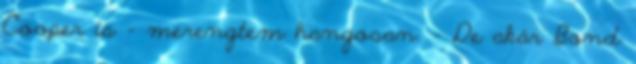
Cooper is – merengtem hangosan. - De akár Bond